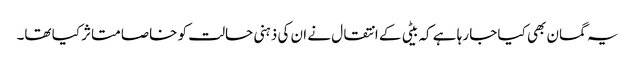
یہ گمان بھی کیا جا رہا ہے کہ بیٹی کے انتقال نے ان کی ذہنی حالت کو خاصا متاثر کیا تھا۔